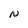
Character: N